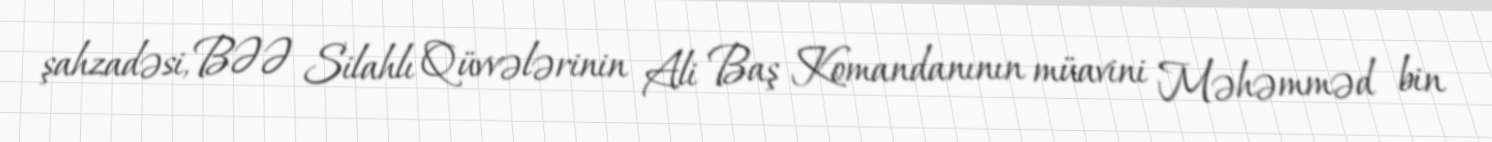
şahzadəsi, BƏƏ Silahlı Qüvvələrinin Ali Baş Komandanının müavini Məhəmməd bin